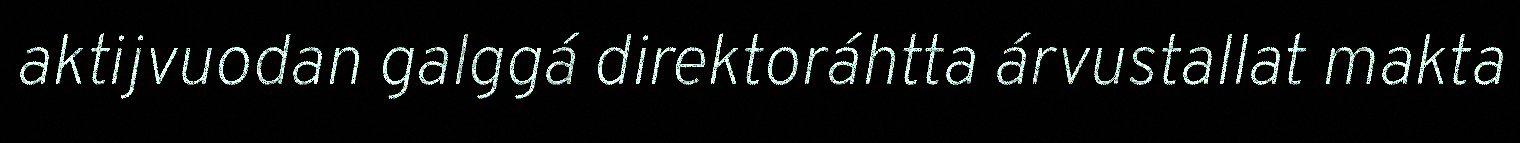
aktijvuodan galggá direktoráhtta árvustallat makta